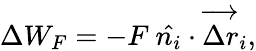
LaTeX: \Delta W_{F}=-F~\hat{n_{i}}\cdot\overrightarrow{\Delta r}_{i},